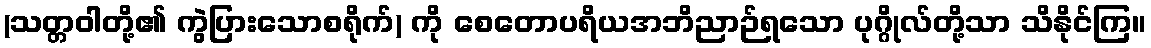
(သတ္တဝါတို့၏ ကွဲပြားသောစရိုက်) ကို စေတောပရိယအဘိညာဉ်ရသော ပုဂ္ဂိုလ်တို့သာ သိနိုင်ကြ။